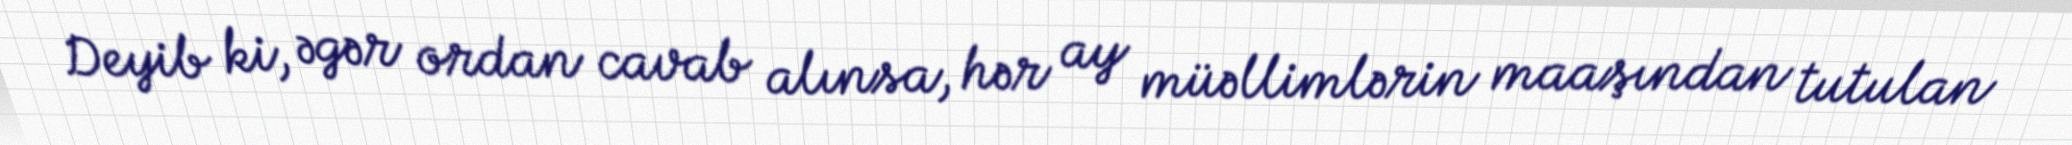
Deyib ki, əgər ordan cavab alınsa, hər ay müəllimlərin maaşından tutulan